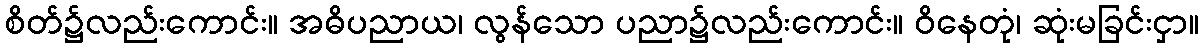
စိတ်၌လည်းကောင်း။ အဓိပညာယ၊ လွန်သော ပညာ၌လည်းကောင်း။ ဝိနေတုံ၊ ဆုံးမခြင်းငှာ။